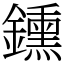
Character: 鑂